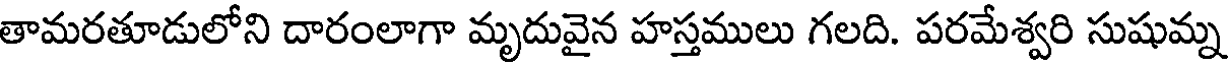
తామరతూడులోని దారంలాగా మృదువైన హస్తములు గలది. పరమేశ్వరి సుషుమ్న